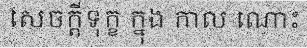
សេចក្តីទុក្ខ ក្នុង កាល ណោះ